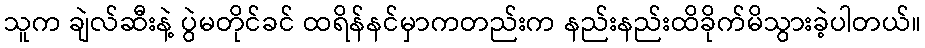
သူက ချဲလ်ဆီးနဲ့ ပွဲမတိုင်ခင် ထရိန်နင်မှာကတည်းက နည်းနည်းထိခိုက်မိသွားခဲ့ပါတယ်။